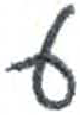
אות: ע